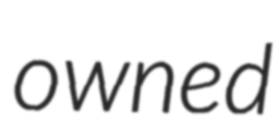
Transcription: owned